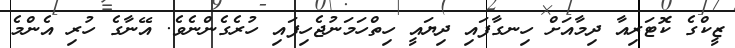
ޒީކްގެ ކޮޓަރިއާ ދިމާއަށް ހިނގާފައި ދިޔައީ ހިތްހަމަނުޖެހިފައި ހުރެގެންނެވެ. އޭނާގެ ހުރި އެންމެ